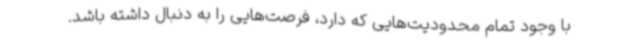
با وجود تمام محدودیت‌هایی که دارد، فرصت‌هایی را به دنبال داشته باشد.